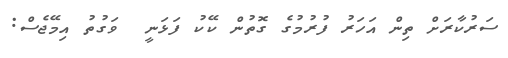
ސަރުކާރަށް ތިން އަހަރު ފުރުމުގެ ގޮތުން ކޭކު ފަޅަނީ  ވަގުތު އިމޭޖެސް: